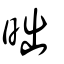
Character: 昢